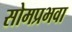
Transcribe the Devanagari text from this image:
सोमप्रभवा